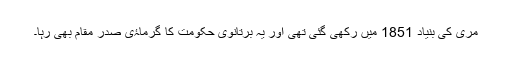
مری کی بنیاد 1851 میں رکھی گئی تھی اور یہ برتانوی حکومت کا گرماۂی صدر مقام بھی رہا۔